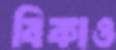
বিকাও